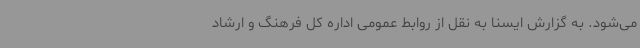
می‌شود. به گزارش ایسنا به نقل از روابط عمومی اداره کل فرهنگ و ارشاد